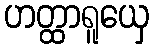
ဟတ္ထာရူယှေ